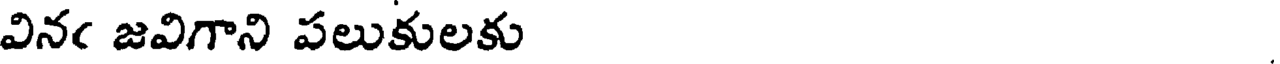
వినఁ జవిగాని పలుకులకు